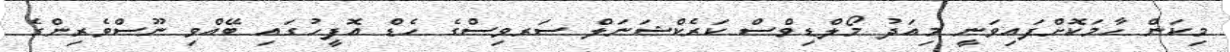
މިކަން ހާމަކޮށްފައިވަނީ މިއަދު މޯލްޑިވްސް ކަރެކްޝަނަލް ސަރވިސްގެ ހެޑް އޮފީހުގައި ބޭއްވި ނޫސްވެރިންގެ